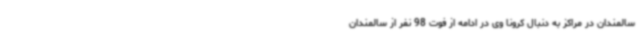
سالمندان در مراکز به دنبال کرونا وی در ادامه از فوت 98 نفر از سالمندان